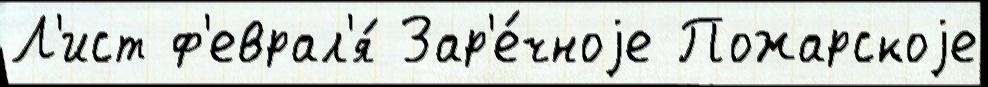
Л'ист ф'еврал'я́ Зар'е́чноjе Пожарскоjе